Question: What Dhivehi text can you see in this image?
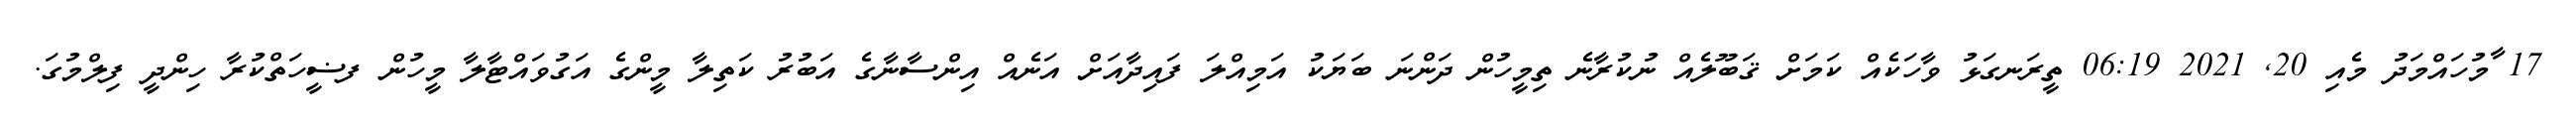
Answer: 17 ާމުހައްމަދު މެއި 20, 2021 06:19 ތީރަނގަޅު ވާހަކެއް ކަމަށް ޤަބޫލެއް ނުކުރާނެ ތިމީހުން ދަންނަ ބަޔަކު އަމިއްލަ ފައިދާއަށް އަނެއް އިންސާނާގެ އަބުރު ކަތިލާ މީންގެ އަގުވައްޓާލާ މީހުން ފޟީހަތްކުރާ ހިންދީ ފިލްމުގަ.